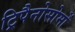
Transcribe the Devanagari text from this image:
ट्रिपैनोसोमों